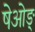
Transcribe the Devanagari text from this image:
षेओङ्